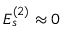
E _ { s } ^ { ( 2 ) } \approx 0